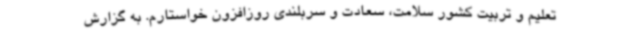
تعلیم و تربیت کشور سلامت، سعادت و سربلندی روزافزون خواستارم. به گزارش